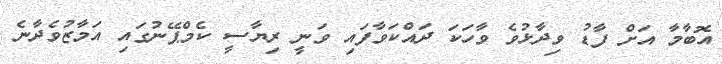
އޮބާމާ އަށް ފާޑު ވިދާޅުވެ ވާހަކަ ދައްކަވާފައި ވަނީ ރިޔާސީ ކެމްޕޭނުގައި އަމާޒުވެދާނެ